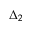
\Delta _ { 2 }